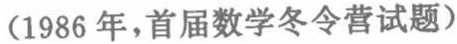
(1986年,首届数学冬令营试题)